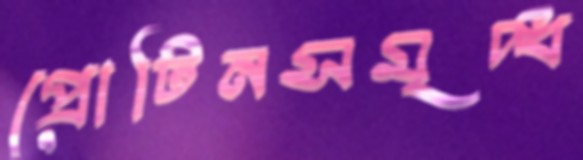
প্রোটিনসমৃদ্ধ